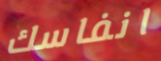
انفاسك